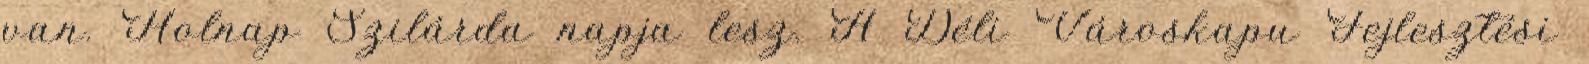
van. Holnap Szilárda napja lesz. A Déli Városkapu Fejlesztési